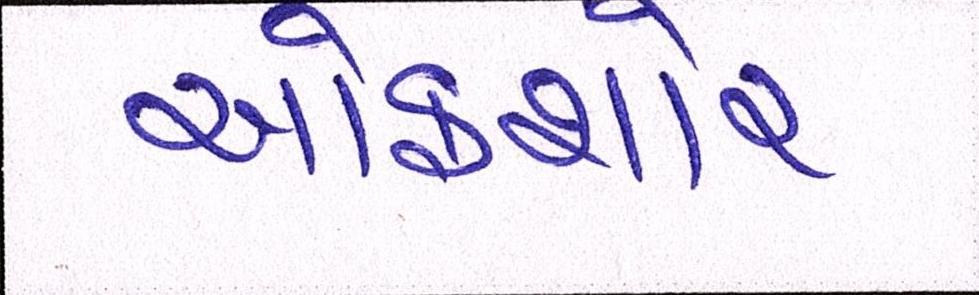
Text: ઓફશોર